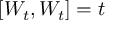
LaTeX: [ W _ { t } , W _ { t } ] = t